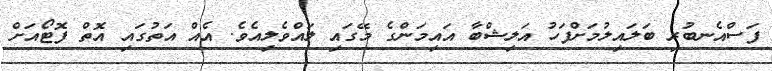
ފަސްއެނބުރި ބަލައިލުމަށްފަހު އަލިޝްބާ އައިމަންގެ މޭގައި ލައްވެލިއެވެ. އެއް އަތުގައި އޮތް ފޮޓޯއަށް